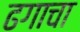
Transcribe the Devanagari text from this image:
ढगाचा